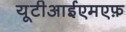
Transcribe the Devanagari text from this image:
यूटीआईएमएफ़